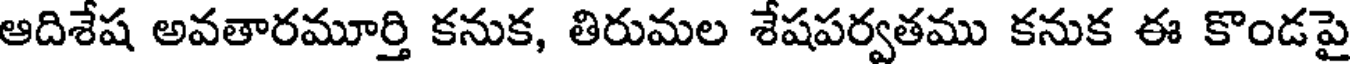
ఆదిశేష అవతారమూర్తి కనుక, తిరుమల శేషపర్వతము కనుక ఈ కొండపై